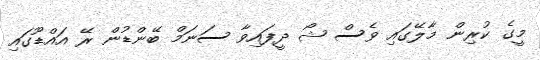
މީގެ ކުރިން މާލޭގައި ވެސް ޝޯ ދީފައިވާ ސަނަމް ބޭންޑުން ރޭ އައްޑޫގައި